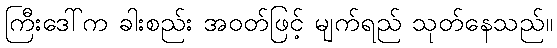
ကြီးဒေါ်က ခါးစည်း အဝတ်ဖြင့် မျက်ရည် သုတ်နေသည်။